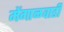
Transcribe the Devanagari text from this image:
मेंगाळवाडी